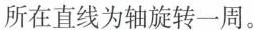
所在直线为轴旋转一周。